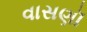
વાસણૉ